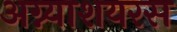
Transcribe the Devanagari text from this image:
अग्न्याशयरस